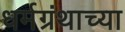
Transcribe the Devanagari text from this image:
धर्मग्रंथाच्या